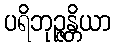
ပရိဘုဉ္ဇန္တိယာ